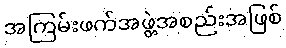
အကြမ်းဖက်အဖွဲ့အစည်းအဖြစ်